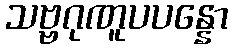
သဗ္ဗဂုဏူပပန္နော